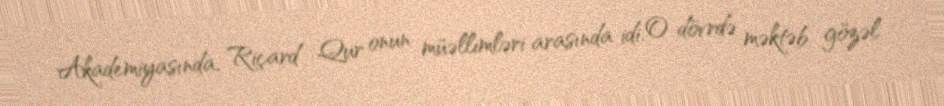
Akademiyasında, Riçard Qur onun müəllimləri arasında idi. O dövrdə məktəb gözəl